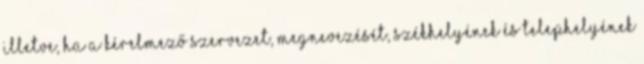
illetve, ha a kérelmező szervezet, megnevezését, székhelyének és telephelyének